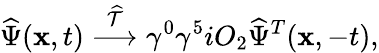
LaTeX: \widehat\Psi({\mathbf x},t)\stackrel{\widehat{\cal T}}{\longrightarrow}\gamma^{0}\gamma^{5}iO_{2}\widehat\Psi^{T}({\mathbf x},-t),